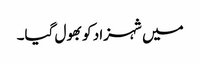
میں شہزاد کو بھول گیا۔